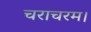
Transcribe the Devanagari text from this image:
चराचरम।